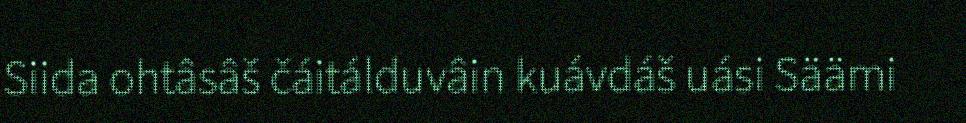
Siida ohtâsâš čáitálduvâin kuávdáš uási Säämi